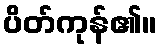
ပိတ်ကုန်၏။